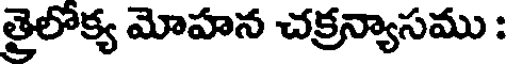
త్రైలోక్య మోహన చక్రన్యాసము :